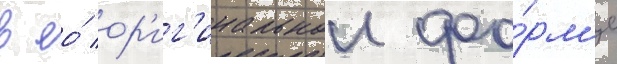
в ео́ ор'иг'инальнои фо́рм'е